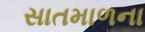
સાતમાળના